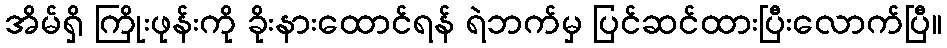
အိမ်ရှိ ကြိုးဖုန်းကို ခိုးနားထောင်ရန် ရဲဘက်မှ ပြင်ဆင်ထားပြီးလောက်ပြီ။